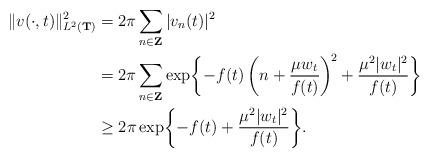
LaTeX: \begin{align*}\|v(\cdot,t)\|_{L^{2}(\mathbf{T})}^{2} & =2\pi\sum_{n\in\mathbf{Z}}|v_{n}(t)|^{2}\\ & =2\pi\sum_{n\in\mathbf{Z}}\exp\biggl\{-f(t)\left(n+\frac{\mu w_{t}}{f(t)}\right)^{\!2}+\frac{\mu^{2}|w_{t}|^{2}}{f(t)}\biggr\}\\ & \ge2\pi\exp\biggl\{-f(t)+\frac{\mu^{2}|w_{t}|^{2}}{f(t)}\biggr\}.\end{align*}